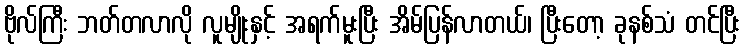
ဗိုလ်ကြီး ဘတ်တလာလို လူမျိုးနှင့် အရက်မူးပြီး အိမ်ပြန်လာတယ်၊ ပြီးတော့ ခုနစ်သံ တင်ပြီး